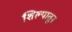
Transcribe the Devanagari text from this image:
शिल्पातून